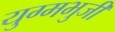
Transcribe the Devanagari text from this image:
युग्मभुजी